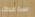
ساعدك